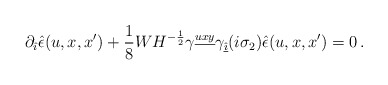
\begin{align*}\partial_{\hat{\imath}}\hat{\epsilon}(u,x,x') + {1\over 8} W H^{-\frac{1}{2}} \gamma^{\underline{uxy}}\gamma_{\underline{\hat{\imath}}} (i\sigma_2) \hat{\epsilon}(u,x,x') = 0 \, .\end{align*}